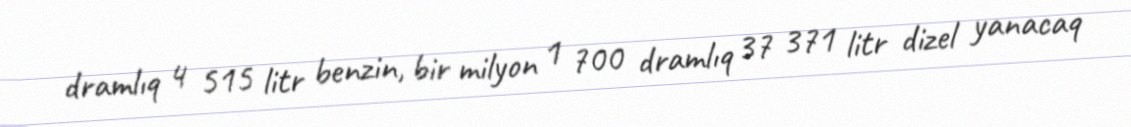
dramlıq 4 515 litr benzin, bir milyon 1 700 dramlıq 37 371 litr dizel yanacaq